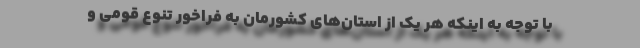
با توجه به اینکه هر یک از استان‌های کشورمان به فراخور تنوع قومی و